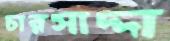
চারসাদ্দা